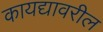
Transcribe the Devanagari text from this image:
कायद्यावरील